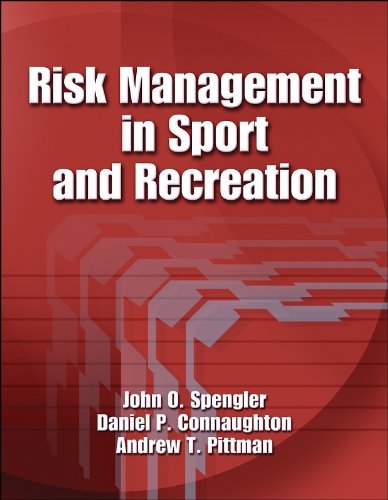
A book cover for Risk Management in Sport and Recreation; John O. Spengler; Business & Money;